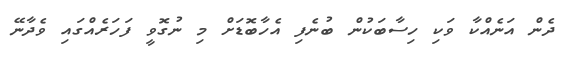
ދެން އަނެއްކާ ވަކި ހިސާބަކުން ބުނެފި އެހާބޮޑަށް މި ނުގޮވީ ފަހަރެެއްގައި ވެދާނޭ